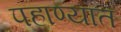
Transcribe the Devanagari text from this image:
पहाण्यात